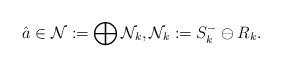
LaTeX: \begin{align*}\hat a\in\mathcal N:=\bigoplus\mathcal N_k, \mathcal N_k:=S_k^-\ominus R_k.\end{align*}